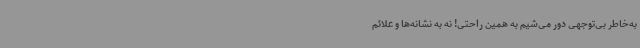
به‌خاطر بی‌توجهی دور می‌شیم به همین راحتی! نه به نشانه‌ها و علائم